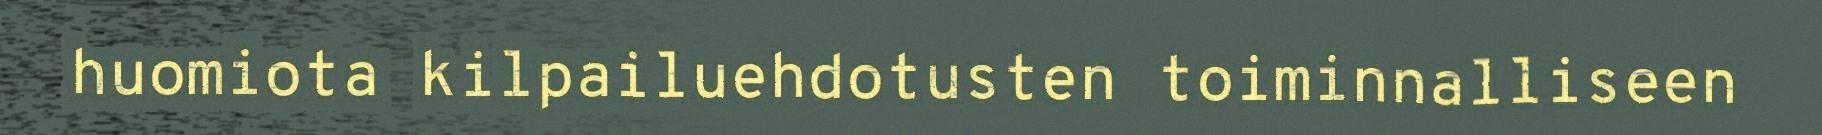
huomiota kilpailuehdotusten toiminnalliseen